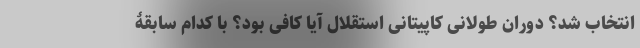
انتخاب شد؟ دوران طولانی کاپیتانی استقلال آیا کافی بود؟ با کدام سابقۀ